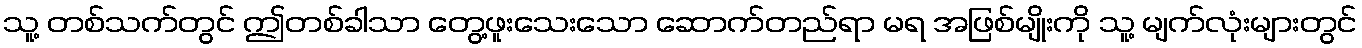
သူ့ တစ်သက်တွင် ဤတစ်ခါသာ တွေ့ဖူးသေးသော ဆောက်တည်ရာ မရ အဖြစ်မျိုးကို သူ့ မျက်လုံးများတွင်